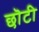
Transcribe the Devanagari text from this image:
छॊटी